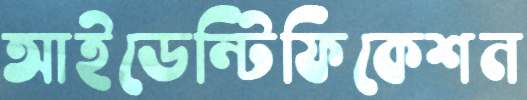
আইডেন্টিফিকেশন